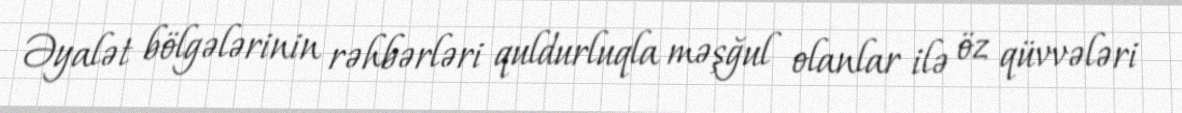
Əyalət bölgələrinin rəhbərləri quldurluqla məşğul olanlar ilə öz qüvvələri